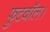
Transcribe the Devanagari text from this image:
फुटबॉल।